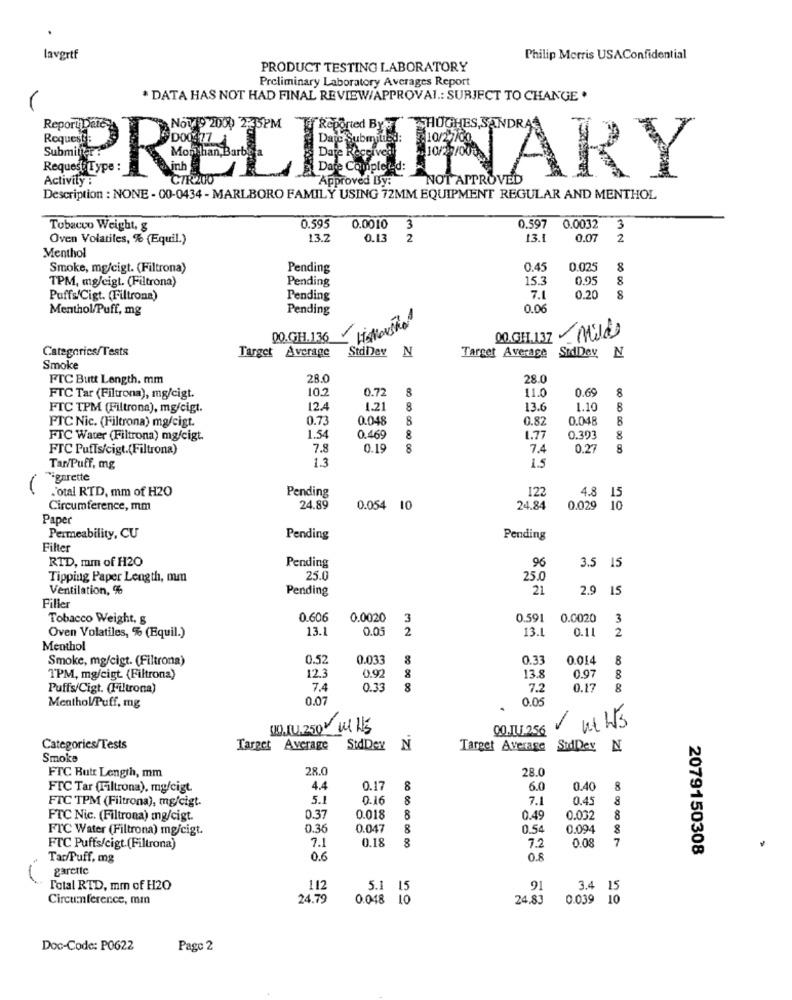
lavertf
Philip Morris USAConfidential
PRODUCT TESTING LABORATORY
Preliminary Laboratory Averages Report
* DATA HAS NOT HAD FINAL REVIEW/APPROVAI .: SURJECT TO CHANGE .
Activity :
PRELIMINARY
Description : NONE - 00-0434 - MARLBORO FAMILY USING 72MM EQUIPMENT REGULAR AND MENTHOL
Tobacco Weight, &
0.595
0.0010
3
0.597
0.0032
3
Oven Volatiles, % (Equil.)
13.2
0.13
2
13.1
0.07
2
Menthol
Smoke, mg/cigt. (Filtrona)
Pending
0.45
0.025
8
TPM, mg/eigt. (Filtrona)
Pending
15.3
0.95
Puffs/Cigt. (Filtrona)
Pending
7.1
0.20
8
Menthol/Puff, mg
Pending
0.00
Highového
DO.GH.136
00.GH.137
miles
Categories/Tests
StdDey N
Target Average
Target Average
SidDey N
Smoke
FTC Butt Length. mm
28.0
28.0
10.2
0.72
11.0
0.69
8
FTC Tar (Filtrona), mg/cigt.
FTC TPM (Filtrona), mg/cigt.
12.4
1.21
8
13.6
1.10
8
FTC Nic. (Filtrona) mg/cigt.
0.73
0.048
8
0.82
0.048
8
FTC Water (Filtrona) mg/cigt.
1.54
0.469
8
1.77
0.303
8
FTC Puffs/cigt.(Filtrona)
7.8
0.19
8
7.4
0.2
8
1.3
1.5
Tar/Puff, mg
Tägarette
'otal RTD, mm of H2O
Pending
4.8
122
15
Circumference, mm
24.89
0.054 10
24.84
0.029 1
Paper
Permeability, CU
Pending
Pending
Filter
RTD, mm of H2O
Pending
96
3.5 15
Tipping Paper Length, mm
25.0
25.0
Ventilation, %
Pending
21
2.9 15
Filler
Tobacco Weight, &
0.606
0.0020
3
0.591
0.0020
3
13.1
0.05
2
13.1
0.11
2
Oven Volatiles, % (Equil.)
Menthol
Smoke, mg/cigt. (Filtrona)
0.52
0.033
8
0.33
0.014
8
123
13.8
TPM, mg/cigt (Filtrona)
0.92
0.97
8
Puffs/Cigt. (Filtrona)
7.4
0.33
8
7.2
0.17
8
0.07
0.05
Menthol/Puff, mg
NO. 10.250 ML LE
00.IL.256
Categories/Tests
Target Average
StdDer N
Target Average SidDer N.
Smoke
FTC Butr Length, mm
28.0
28.0
FTC Tar (Filtrona), my/cigt.
4.4
0.17
8
6.0
0.40
8
FTC TPM (Filtrona), mg/cigt.
5.1
0.16
8
7.1
0.45
8
FTC Nic. (Filtrona) mg/cigt.
0.37
0.018
8
0.49
0.032
8
FTC Water (Filtrona) mg/cigt.
0.36
0.047
8
0.54
0.094
7.1
0.18
0.08
7
FTC Puffs/cigt.(Filtrona)
7.2
2079150308
Tar/Puff, mg
0.6
0.8
garette
Total RTD, mm of H2O
112
5.1 15
91
3.4 15
Circumference, mm
24.79
0.048 10
24.83
0.039 1
Doc-Code: P0622
Pago 2